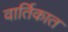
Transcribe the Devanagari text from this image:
वार्तिकात